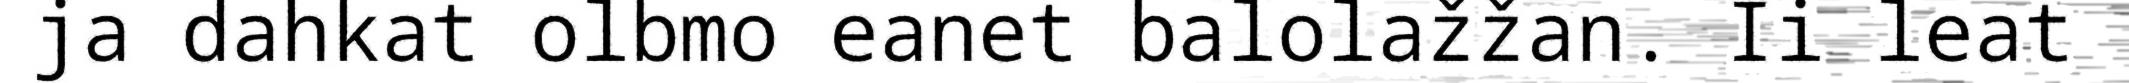
ja dahkat olbmo eanet balolažžan. Ii leat